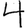
Digit: 4